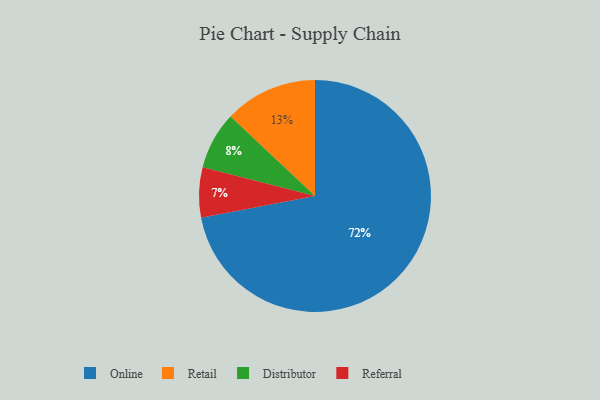
{"axis": {"x": "Category", "y": "Percentage"}, "legend": ["Distributor", "Online", "Referral", "Retail"], "data": [{"x": "Distributor", "y": 8, "type": "Distributor"}, {"x": "Retail", "y": 13, "type": "Retail"}, {"x": "Online", "y": 72, "type": "Online"}, {"x": "Referral", "y": 7, "type": "Referral"}]}